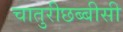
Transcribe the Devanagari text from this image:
चातुरीछब्बीसी